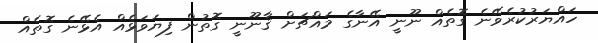
ހައްޔަރުކުރެވޭނެ ގޮތެއް ނޫނީ އޭނާގެ މައްޗަށް ޤާނޫނީ ގޮތުން ފިޔަވަޅެއް އެޅޭނެ ގޮތެއް